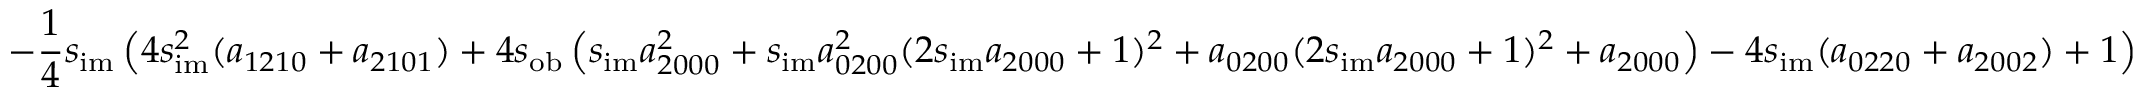
- \frac { 1 } { 4 } s _ { \mathrm { i m } } \left( 4 s _ { \mathrm { i m } } ^ { 2 } ( a _ { 1 2 1 0 } + a _ { 2 1 0 1 } ) + 4 s _ { \mathrm { o b } } \left( s _ { \mathrm { i m } } a _ { 2 0 0 0 } ^ { 2 } + s _ { \mathrm { i m } } a _ { 0 2 0 0 } ^ { 2 } ( 2 s _ { \mathrm { i m } } a _ { 2 0 0 0 } + 1 ) ^ { 2 } + a _ { 0 2 0 0 } ( 2 s _ { \mathrm { i m } } a _ { 2 0 0 0 } + 1 ) ^ { 2 } + a _ { 2 0 0 0 } \right) - 4 s _ { \mathrm { i m } } ( a _ { 0 2 2 0 } + a _ { 2 0 0 2 } ) + 1 \right)